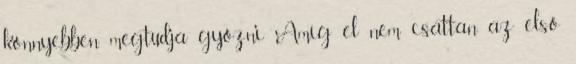
könnyebben megtudja győzni Amíg el nem csattan az első